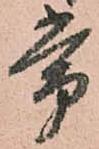
常